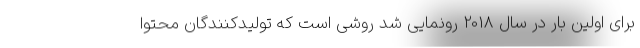
برای اولین بار در سال 2018 رونمایی شد روشی است که تولیدکنندگان محتوا